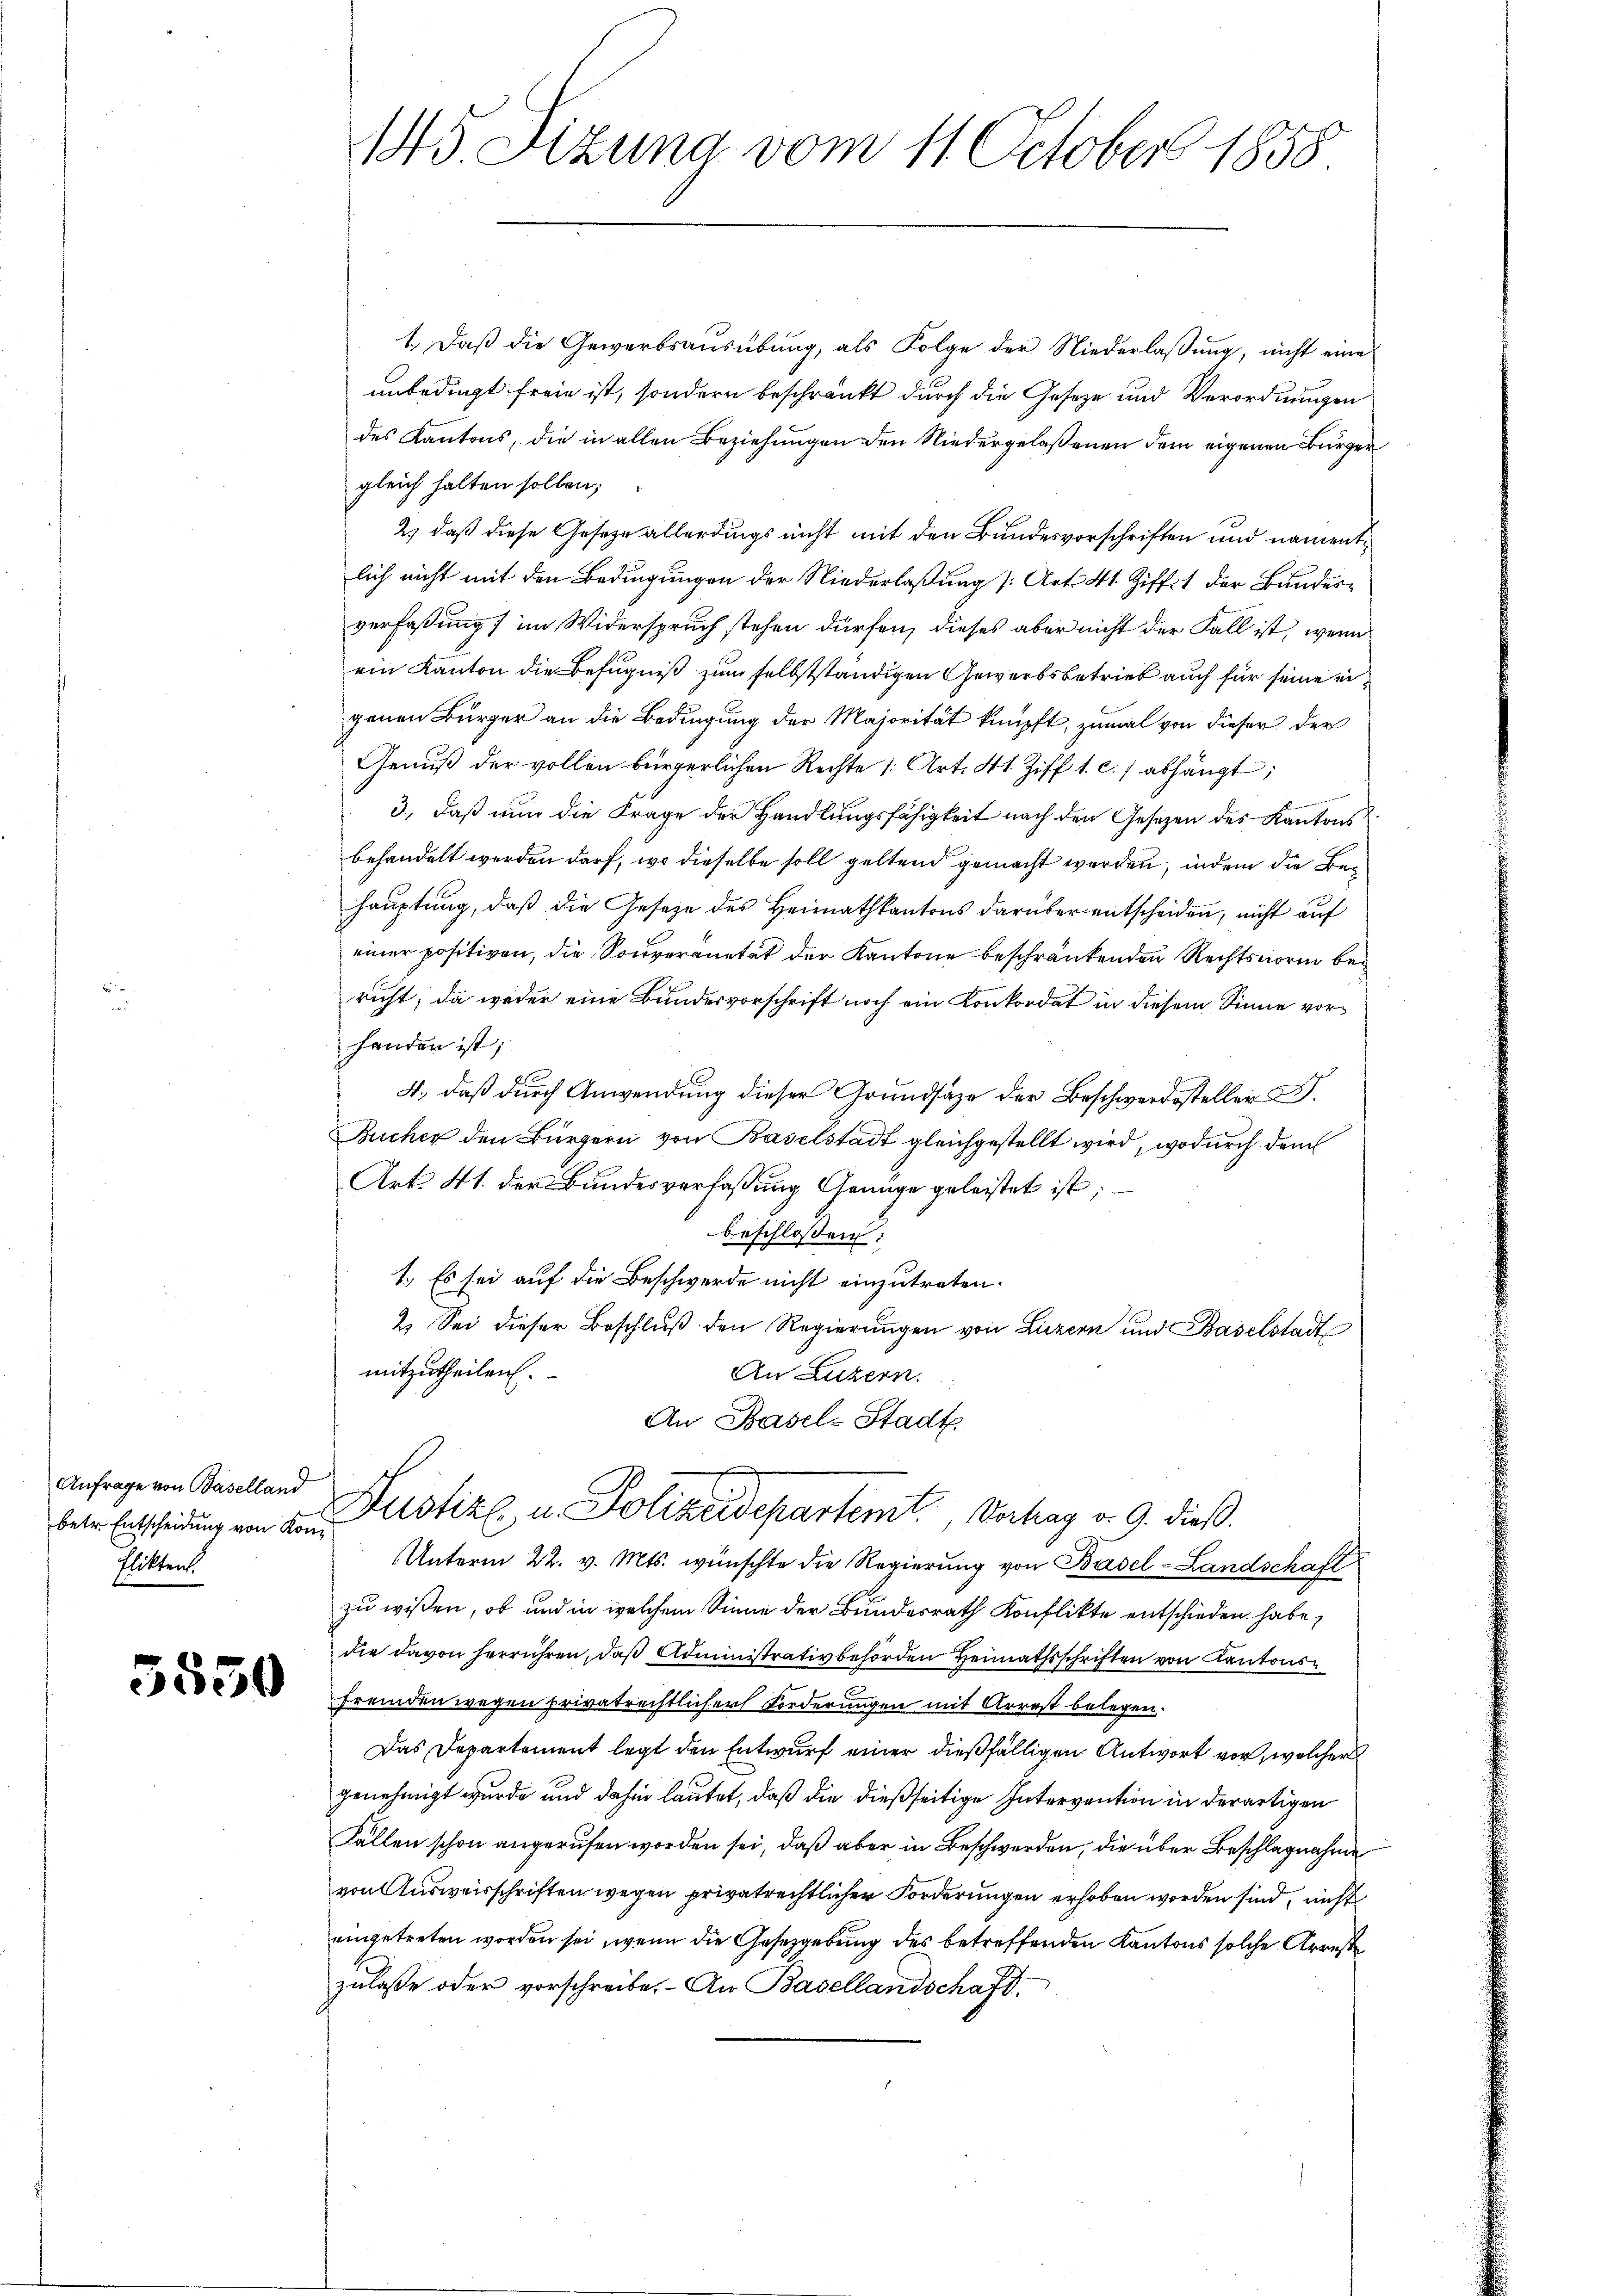
Anfrage von Baselland
betr. Entscheidung von Kon
Elikten.

5550

145 Sizung vom 11. October 1858

1.) Daß die Gewerbsausübung, als Folge der Niederlaßung, nicht eine
unbedingt freie ist, sondern beschränkt durch die Geseze und Verordnungen
des Kantons, die in allen Beziehungen den Niedergelaßenen dem eigenen Bürger
gleich halten sollen;
2.) daß diese Gesetze allerdings nicht mit den Bundesvorschriften und namentlich nicht mit den Bedingungen der Niederlaßung [Art. 41 Ziffit der Bundesverfassung) im Widerspruch stehen dürfen, dieses aber nicht der Fall ist, wenn
ein Kanton die Befugniß zum selbstständigen Gewerbsbetrieb auch für seine ei
genen Bürger an die Bedingung der Majorität knüpft, zumal von dieser der
Genuß der vollen bürgerlichen Rechte : Art. 41. Ziff 1. c. abhängt;
3., daß nun die Frage der Handlungsfähigkeit nach den Gesetzen des Kantons
behandelt werden darf, wo dieselbe soll geltend gemacht werden, indem die Behauptung, daß die Gesetze des Heimathkantons darüber entscheiden, nicht auf
einer positiven, die Souveranetät der Kantone beschränkenden Rechtsnorm bei
richt, da weder eine Bundesvorschrift noch ein Konkordat in diesem Sinne vorhanden ist;
4., daß durch Anwendung dieser Grundsätze der Beschwerdesteller B.
Bucher den Bürgern von Baselstadt gleichgestellt wird, wodurch dem
Art. 41. der Bundesverfaßung Genüge geleistet ist;
beschlossen:
1. Es sei auf die Beschwerde nicht einzutreten.
2. Sei dieser Beschluß den Regierungen von Luzern und Baselstadt
mitzutheilen.
An Luzern.
An Basel-Stadt.
Justiz, u. Polizeidepartemt. Vortrag v. 9. dieß.
Unterm 22. v. Mts. wünschte die Regierung von Basel-Landschaft
zu wissen, ob und in welchem Sinne der Bundesrath Konflikte entschieden habe,
die davon herrühren, daß Administrativbehörden Heimathsschriften von Kantonsfremden wegen privatrechtlicher Forderungen mit Arrest belegen.
Das Departement legt den Entwurf einer dießfälligen Antwort vor, welcher
genehmigt wurde und dahin lautet, daß die dießseitige Intervention in derartigen
Fällen schon angerufen worden sei, daß aber in Beschwerden, die über Beschlagnahme
von Ausweisschriften wegen privatrechtlicher Forderungen erhoben worden sind, nicht
eingetreten worden sei, wenn die Gesetzgebung des betreffenden Kantons solche Arreste
zulasse oder vorschreibe. - An Basellandschaft.